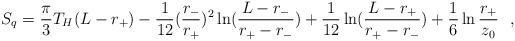
LaTeX: \begin{align*}S_q={\pi\over 3}T_H(L-r_+)-{1\over 12}({r_-\over r_+})^2\ln ({L-r_-\over r_+ -r_-})+{1\over 12}\ln ({L-r_+\over r_+ -r_-})+{1\over 6} \ln {r_+ \over z_0}~~,\end{align*}